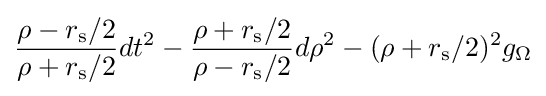
{\frac {\rho -r_{\mathrm {s} }/2}{\rho +r_{\mathrm {s} }/2}}dt^{2}-{\frac {\rho +r_{\mathrm {s} }/2}{\rho -r_{\mathrm {s} }/2}}d\rho ^{2}-(\rho +r_{\mathrm {s} }/2)^{2}g_{\Omega }